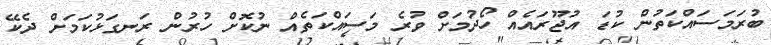
ބުރަމަސައްކަތުން ކުޑަ އުޖޫރައެއް ހޯދުމަށް ވުރެ މަސައްކަތެއް ނުކޮށް ހުރުން ރަނގަޅުކަމަށް ދެކޭ